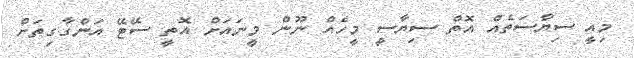
މިއީ ސިޔާސަތެއް އޮތް ސިޔާސީ މީހެއް ނޫން މީނައަށް އޮތީ ސޭޓޭ އަންގާގިތަށް